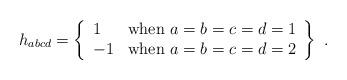
LaTeX: \begin{align*}h_{abcd} = \left\{\begin{array}{ll} 1 & \mbox{when $a=b=c=d=1$} \\-1 & \mbox{when $a=b=c=d=2$} \\\end{array}\right\} \ .\end{align*}